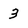
Character: 3